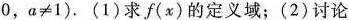
0，a≠1)。(1)求f(x)的定义域；(2)讨论